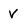
Character: V